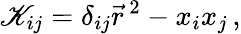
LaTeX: \mathscr{K}_{ij}=\delta_{ij}\vec{{r}}^{\, 2}-x_{i}x_{j}\, ,